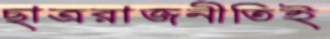
ছাত্ররাজনীতিই